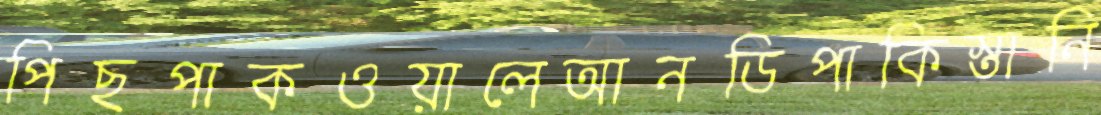
পিছপাকওয়ালেআনডিপাকিস্তানি